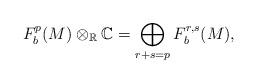
LaTeX: \begin{align*}F^p_b(M)\otimes_{\mathbb{R}}\mathbb{C}=\bigoplus_{r+s=p}F^{r,s}_b(M),\end{align*}